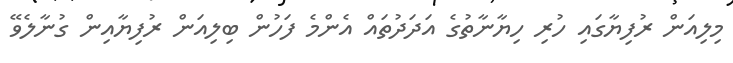
މިލިއަން ރުފިޔާގައި ހުރި ހިޔާނާތުގެ އަދަދުތައް އެންމެ ފަހުން ބިލިއަން ރުފިޔާއިން ގުނާލެވޭ